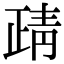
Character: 靕